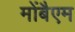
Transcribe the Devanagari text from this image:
मोंबैएम